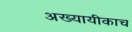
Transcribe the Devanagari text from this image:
अख्यायीकाच